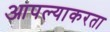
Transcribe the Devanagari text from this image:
आपल्याकरता